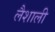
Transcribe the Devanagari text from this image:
लैशाली